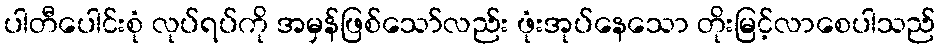
ပါတီပေါင်းစုံ လုပ်ရပ်ကို အမှန်ဖြစ်သော်လည်း ဖုံးအုပ်နေသော တိုးမြင့်လာစေပါသည်